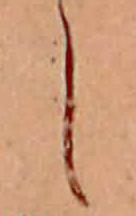
し